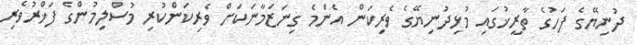
ދުނިޔޭގެ ފަހުގެ ތާރީޚުގައި މުޅިދުނިޔޭގެ ވެރިކަން އެންމެ ގިނަޒަމާނަކަށް ވެރިކަންކުރި މުސްލިމުންގެ ފަޚްރުވެރި